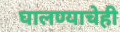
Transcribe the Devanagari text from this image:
घालण्‍याचेही